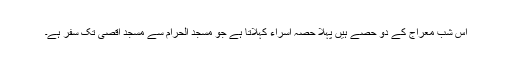
اس شبِ معراج کے دو حصے ہیں پہلا حصہ اسراء کہلاتا ہے جو مسجدِ الحرام سے مسجد اقصیٰ تک سفر ہے۔